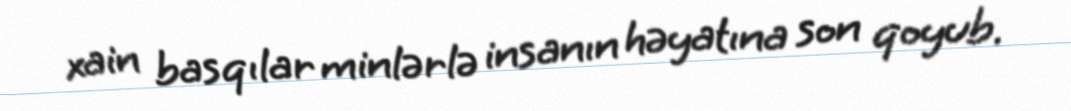
xain basqılar minlərlə insanın həyatına son qoyub.